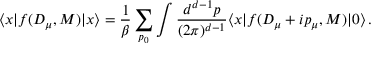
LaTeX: \langle x | f ( D _ { \mu } , M ) | x \rangle = \frac { 1 } { \beta } \sum _ { p _ { 0 } } \int \frac { d ^ { d - 1 } p } { ( 2 \pi ) ^ { d - 1 } } \langle x | f ( D _ { \mu } + i p _ { \mu } , M ) | 0 \rangle \, .